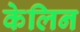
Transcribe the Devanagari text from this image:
केलिन